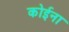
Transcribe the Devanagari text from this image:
कोईना